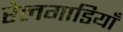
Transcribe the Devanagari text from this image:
रेलगाडियाँ